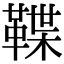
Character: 鞢